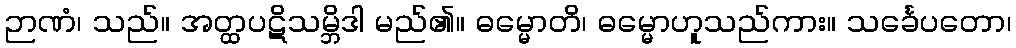
ဉာဏံ၊ သည်။ အတ္ထပဋိသမ္ဘိဒါ မည်၏။ ဓမ္မောတိ၊ ဓမ္မောဟူသည်ကား။ သင်္ခေပတော၊